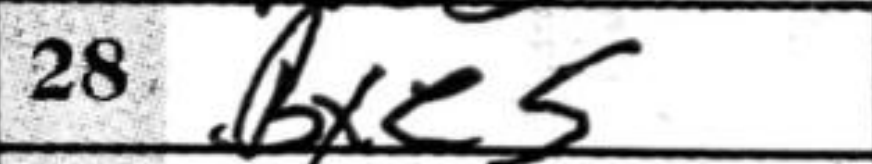
Transcription: Bxe5